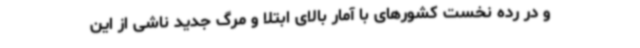
و در رده نخست کشورهای با آمار بالای ابتلا و مرگ جدید ناشی از این